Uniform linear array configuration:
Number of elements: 24
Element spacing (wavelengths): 1
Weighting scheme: hann
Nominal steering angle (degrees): -60
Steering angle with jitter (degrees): -58.716
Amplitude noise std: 0.05
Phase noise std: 0.05

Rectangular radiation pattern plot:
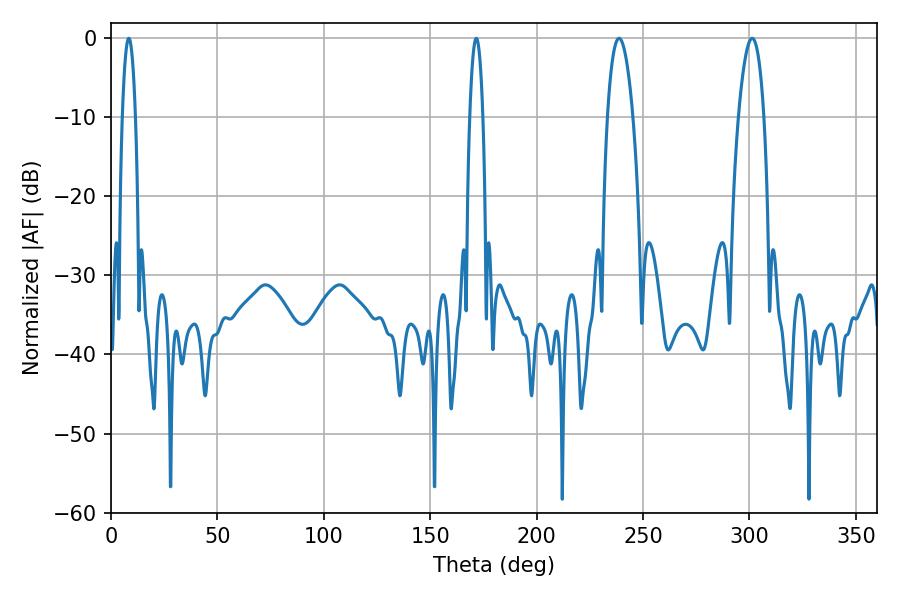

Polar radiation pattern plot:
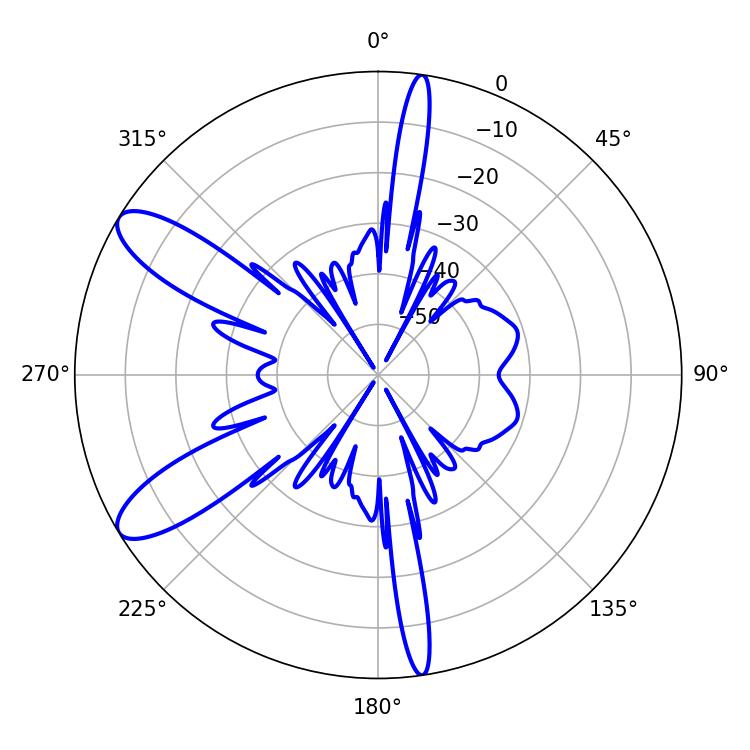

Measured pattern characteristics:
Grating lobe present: TRUE
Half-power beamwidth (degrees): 6.66
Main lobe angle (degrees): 238.68